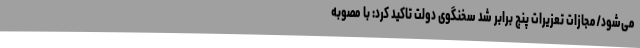
می‌شود/مجازات تعزیرات پنج برابر شد سخنگوی دولت تاکید کرد: با مصوبه